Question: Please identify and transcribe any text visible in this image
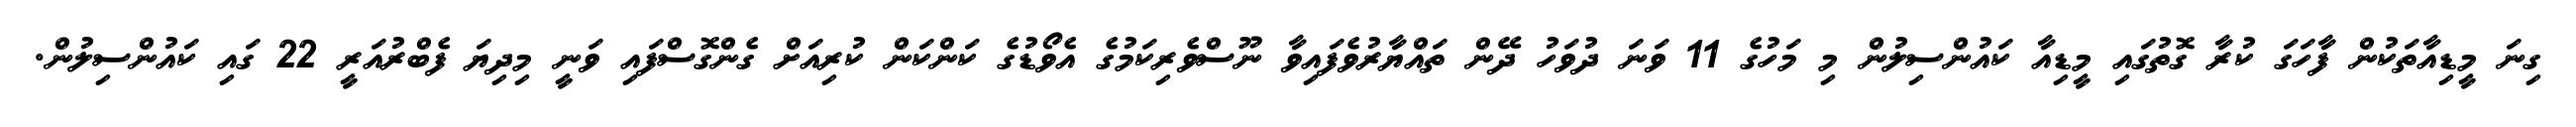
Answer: ގިނަ މީޑިއާތަކުން ފާހަގަ ކުރާ ގޮތުގައި މީޑިއާ ކައުންސިލުން މި މަހުގެ 11 ވަނަ ދުވަހު ދޭން ތައްޔާރުވެފައިވާ ނޫސްވެރިކަމުގެ އެވޯޑުގެ ކަންކަން ކުރިއަށް ގެންގޮސްފައި ވަނީ މިދިޔަ ފެބްރުއަރީ 22 ގައި ކައުންސިލުން.